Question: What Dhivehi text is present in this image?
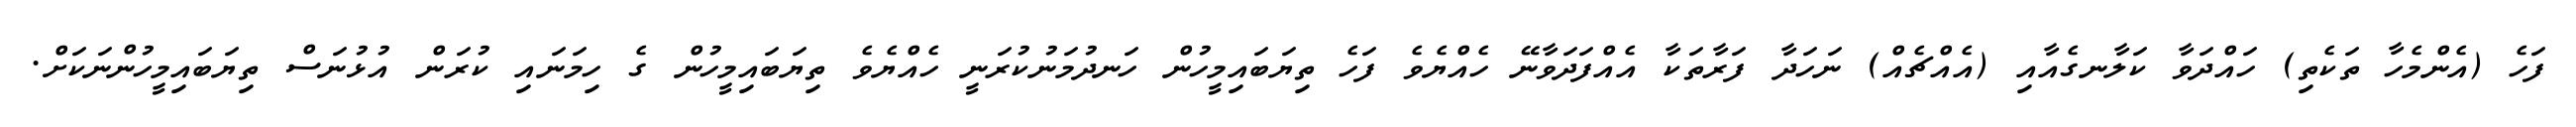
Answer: ފަހެ (އެންމެހާ ތަކެތި) ހައްދަވާ ކަލާނގެއާއި (އެއްޗެއް) ނަހަދާ ފަރާތަކާ އެއްފަދަވާނޭ ހެއްޔެވެ ފަހެ ތިޔަބައިމީހުން ހަނދުމަނުކުރަނީ ހެއްޔެވެ ތިޔަބައިމީހުން ގެ ހިމަނައި ކުރަން އުޅުނަސް ތިޔަބައިމީހުންނަކަށް.